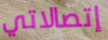
إتصالاتي